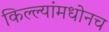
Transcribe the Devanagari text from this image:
किल्ल्यांमधोनच